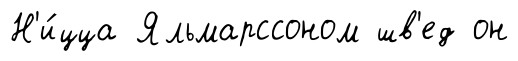
Н'и́цца Яльмарссоном шв'ед он